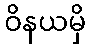
ဝိနယမှိ